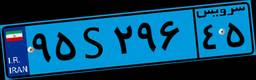
۹۵S۲۹۶۴۵